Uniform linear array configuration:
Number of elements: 12
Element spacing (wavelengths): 0.25
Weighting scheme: uniform
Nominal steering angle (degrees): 15
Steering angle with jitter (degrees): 13.143
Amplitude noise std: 0.05
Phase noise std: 0.05

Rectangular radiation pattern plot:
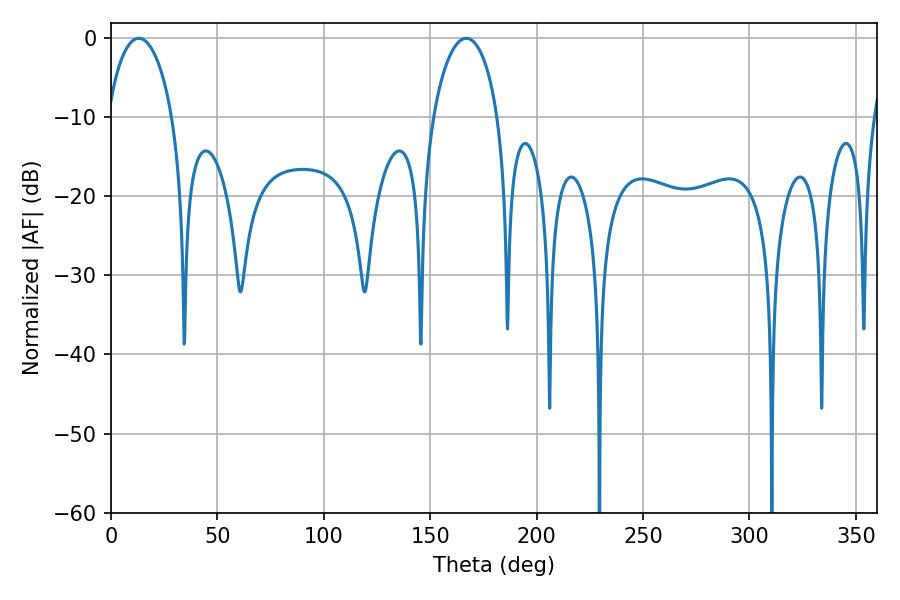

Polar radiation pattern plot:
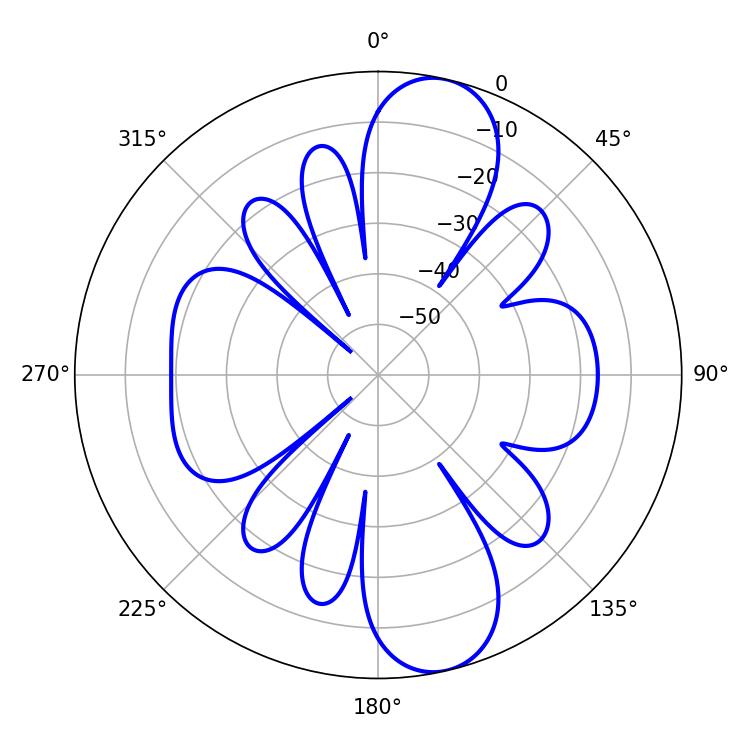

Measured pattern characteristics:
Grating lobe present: FALSE
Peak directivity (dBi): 11.369
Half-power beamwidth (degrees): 17.46
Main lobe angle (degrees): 13.14